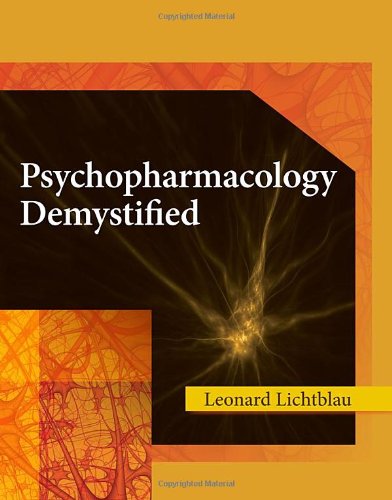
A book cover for Psychopharmacology Demystified; Leonard Lichtblau; Medical Books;